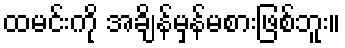
ထမင်းကို အချိန်မှန်မစားဖြစ်ဘူး။